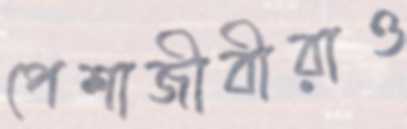
পেশাজীবীরাও